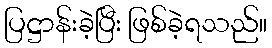
ပြဋ္ဌာန်းခဲ့ပြီး ဖြစ်ခဲ့ရသည်။